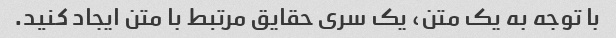
با توجه به یک متن، یک سری حقایق مرتبط با متن ایجاد کنید.